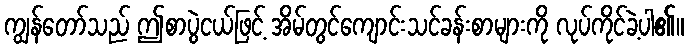
ကျွန်တော်သည် ဤစာပွဲငယ်ဖြင့် အိမ်တွင်ကျောင်းသင်ခန်းစာများကို လုပ်ကိုင်ခဲ့ပါ၏။